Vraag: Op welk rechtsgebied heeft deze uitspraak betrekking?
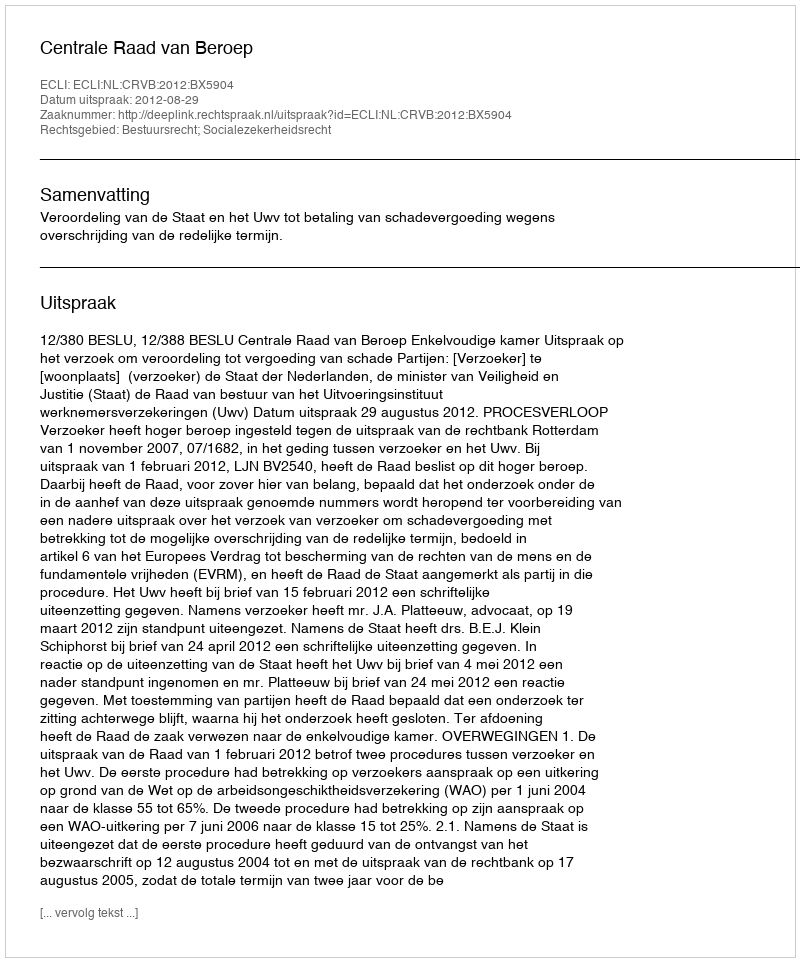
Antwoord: Bestuursrecht; Socialezekerheidsrecht